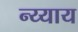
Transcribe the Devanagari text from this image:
न्य्याय